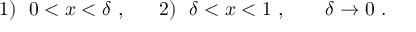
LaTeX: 1 ) \ \ 0 < x < \delta ~ , \ \ \ \ \ 2 ) \ \ \delta < x < 1 ~ , \; \; \; \; \; \; \; \delta \rightarrow 0 ~ .